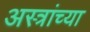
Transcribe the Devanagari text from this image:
अस्त्रांच्या